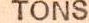
IONS